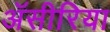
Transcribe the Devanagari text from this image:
ॲसीरिया